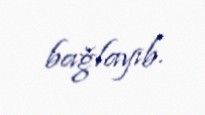
bağlayıb.